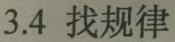
3.4 找规律